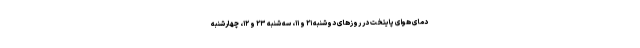
دمای هوای پایتخت در روزهای دوشنبه ۲۱ و ۱۱، سه شنبه ۲۳ و ۱۲، چهارشنبه